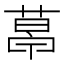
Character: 𦷣